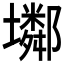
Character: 𡓏